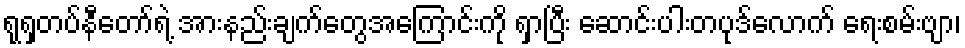
ရုရှတပ်နီတော်ရဲ့ အားနည်းချက်တွေအကြောင်းကို ရှာပြီး ဆောင်းပါးတပုဒ်လောက် ရေးစမ်းဗျာ၊